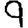
Digit: 9